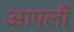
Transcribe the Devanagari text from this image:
आपलीं